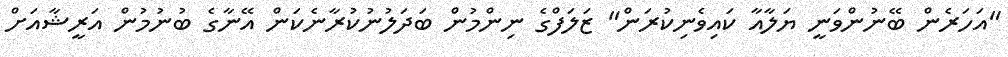
"އަހަރެން ބޭނުންވަނީ ޔަލާއާ ކައިވެނިކުރަން" ޒަލަފްގެ ނިންމުން ބަދަލުނުކުރާނެކަން އޭނާގެ ބުނުމުން އަރީޝާއަށް